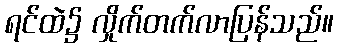
ရင်ထဲ၌ လှိုက်တက်လာပြန်သည်။